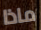
ماذا